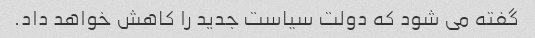
گفته می شود که دولت سیاست جدید را کاهش خواهد داد.